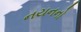
નયનનો